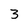
Character: 3